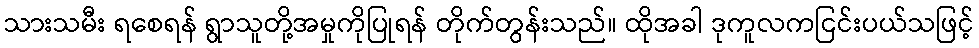
သားသမီး ရစေရန် ရွာသူတို့အမှုကိုပြုရန် တိုက်တွန်းသည်။ ထိုအခါ ဒုကူလကငြင်းပယ်သဖြင့်